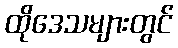
ထိုဒေသများတွင်